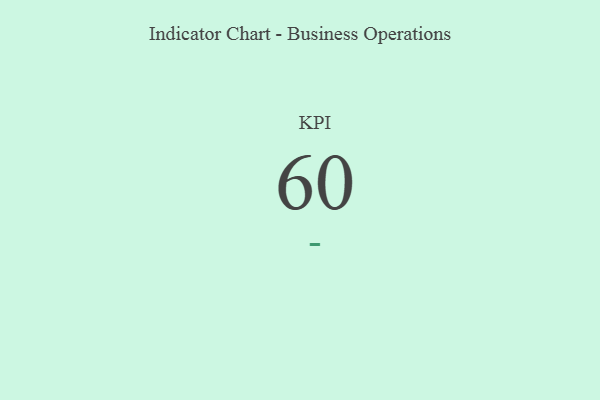
{"axis": {"x": "KPI", "y": "Value"}, "legend": [""], "data": [{"x": "KPI", "y": 60, "type": ""}]}